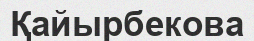
Қайырбекова